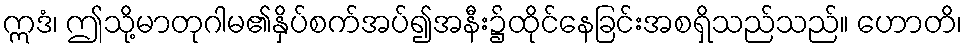
ဣဒံ၊ ဤသို့မာတုဂါမ၏နှိပ်စက်အပ်၍အနီး၌ထိုင်နေခြင်းအစရှိသည်သည်။ ဟောတိ၊